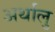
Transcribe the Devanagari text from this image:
अर्थालु